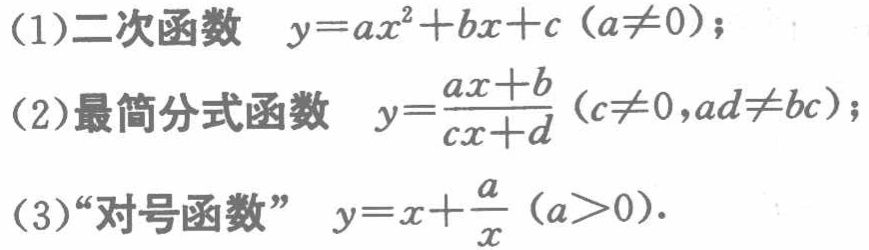
(1)二次函数 \(y = ax^{2}+bx + c\ (a\neq0)\)；

(2)最简分式函数 \(y=\frac{ax + b}{cx + d}\ (c\neq0,ad\neq bc)\)；

(3)“对号函数” \(y = x+\frac{a}{x}\ (a > 0)\)．